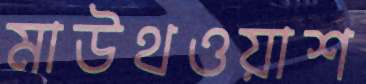
মাউথওয়াশ